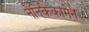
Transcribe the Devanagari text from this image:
नेनिकेकामेन